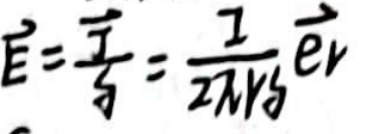
$\vec{E}=\frac{\vec{F}}{q}=\frac{1}{2 \pi R q} \vec{e} v$